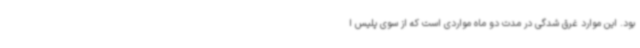
بود. این موارد غرق شدگی در مدت دو ماه مواردی است که از سوی پلیس ا